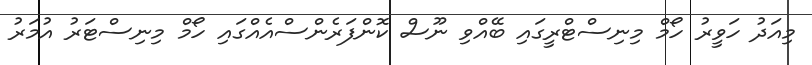
މިއަދު ހަވީރު ހޯމް މިނިސްޓްރީގައި ބޭއްވި ނޫސް ކޮންފަރެންސްއެއްގައި ހޯމް މިނިސްޓަރު އުމަރު